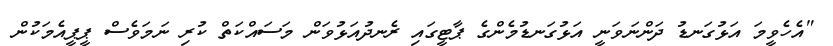
"އެހެވީމަ އަޅުގަނޑު ދަންނަވަނީ އަޅުގަނޑުމެންގެ ޕާޓީގައި ރެނދުއަޅުވަން މަސައްކަތް ކުރި ނަމަވެސް ޕީޕީއެމަކުން